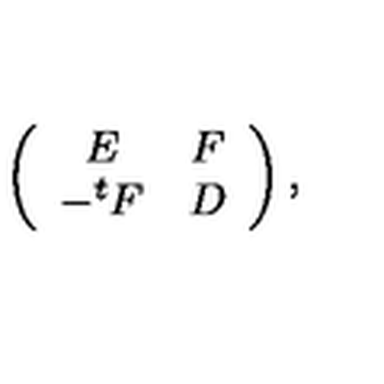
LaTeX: \left( \begin{array} { c c } { E } & { F } \\ { - ^ { t } F } & { D } \\ \end{array} \right) ,